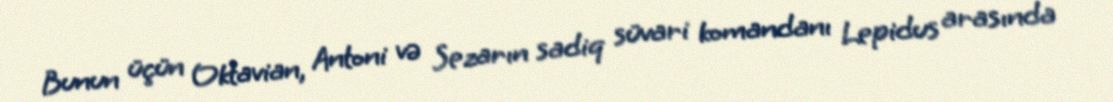
Bunun üçün Oktavian, Antoni və Sezarın sadiq süvari komandanı Lepidus arasında